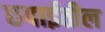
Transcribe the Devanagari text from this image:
छपाईतील